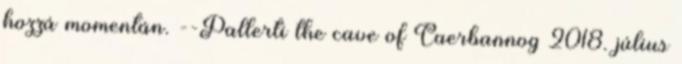
hozzá momentán. --Pallerti the cave of Caerbannog 2018. július